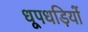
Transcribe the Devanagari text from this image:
धूपधड़ियों